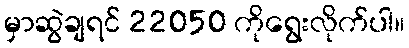
မှာဆွဲချရင် 22050 ကိုရွေးလိုက်ပါ။